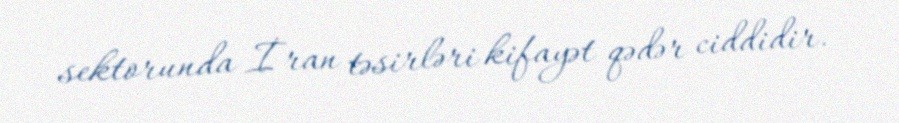
sektorunda İran təsirləri kifayət qədər ciddidir.